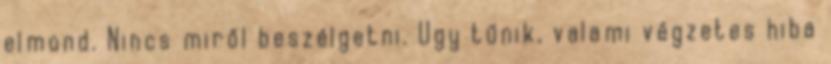
elmond. Nincs miről beszélgetni. Ugy tűnik, valami végzetes hiba